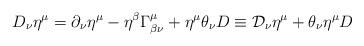
LaTeX: \begin{align*}D_{\nu }\eta ^{\mu }=\partial _{\nu }\eta ^{\mu }-\eta ^{\beta }\Gamma_{\beta \nu }^{\mu }+\eta ^{\mu }\theta _{\nu }D\equiv \mathcal{D}_{\nu}\eta ^{\mu }+\theta _{\nu }\eta ^{\mu }D\end{align*}